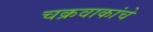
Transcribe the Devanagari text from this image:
चक्रवाकांचे